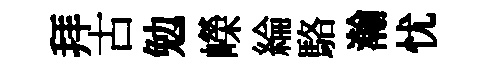
拜古勉嶸綸駱瀚忧